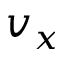
v _ { x }